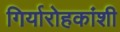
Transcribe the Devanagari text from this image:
गिर्यारोहकांशी